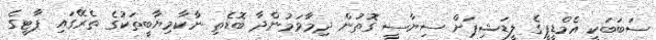
ސަބަބަކީ އެމްޑީޕީގެ ލީޑަޝިޕަށް ސިޔާސީ ގޮތުން ދިމާވަމުންދާ ބޮޑެތި ނާކާމިޔާބީތަކުގެ ތެރޭގައި ޕާޓީގެ